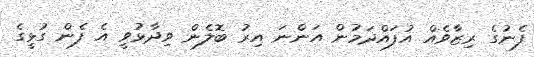
ފެނުގެ ރިޒާވެއް އުފައްދަމުން އަންނަ އިރު ބޮލެން ވިދާޅުވީ އެ ފެން ގުޅީގެ